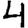
Digit: 4